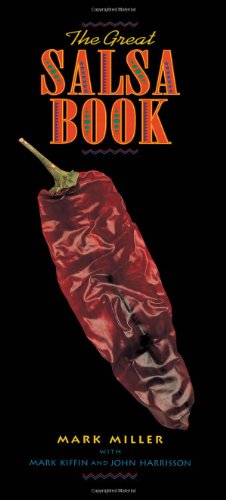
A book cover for The Great Salsa Book; Mark Miller; Cookbooks, Food & Wine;